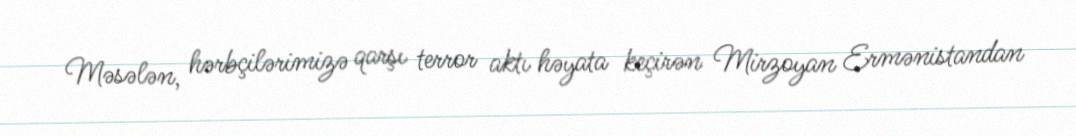
Məsələn, hərbçilərimizə qarşı terror aktı həyata keçirən Mirzoyan Ermənistandan